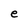
Character: e